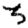
Digit: 3